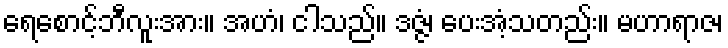
ရေစောင့်ဘီလူးအား။ အဟံ၊ ငါသည်။ ဒဇ္ဇံ၊ ပေးအံ့သတည်း။ မဟာရာဇ၊